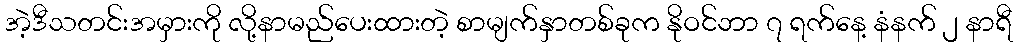
အဲ့ဒီသတင်းအမှားကို လို့နာမည်ပေးထားတဲ့ စာမျက်နှာတစ်ခုက နိုဝင်ဘာ ၇ ရက်နေ့ နံနက် ၂ နာရီ